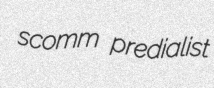
scomm predialist